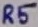
Text: R5